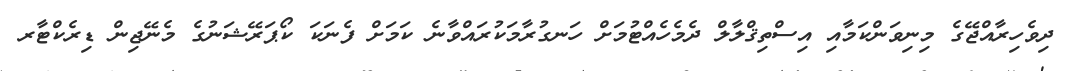
ދިވެހިރާއްޖޭގެ މިނިވަންކަމާއި އިސްތިޤްލާލް ދެމެހެއްޓުމަށް ހަނގުރާމަކުރައްވާނެ ކަމަށް ފެނަކަ ކޯޕަރޭޝަނުގެ މެނޭޖިން ޑިރެކްޓާރ